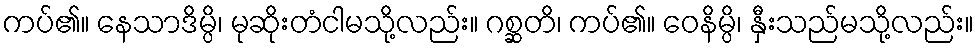
ကပ်၏။ နေသာဒိမ္ပိ၊ မုဆိုးတံငါမသို့လည်း။ ဂစ္ဆတိ၊ ကပ်၏။ ဝေနိမ္ပိ၊ နှီးသည်မသို့လည်း။